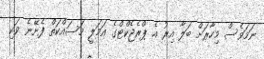
ނަމަވެސް މިހާރަށް ބަލާ އިރު އެ ޕްރެޖެކްޓްގެ އަމަލީ މަސައްކަތް ފެށޭނެ ވަކި